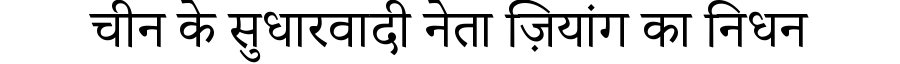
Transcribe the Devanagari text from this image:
चीन के सुधारवादी नेता ज़ियांग का निधन